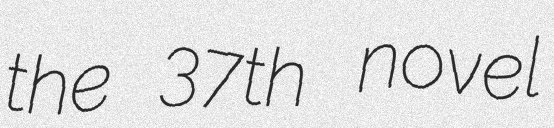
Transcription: the 37th novel